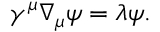
\gamma ^ { \mu } \nabla _ { \mu } \psi = \lambda \psi .